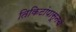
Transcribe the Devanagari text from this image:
तिकिटांपासूनचे